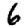
Digit: 6